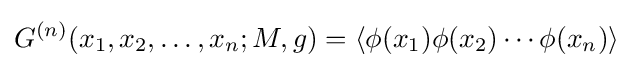
G^{(n)}(x_{1},x_{2},\ldots ,x_{n};M,g)=\langle \phi (x_{1})\phi (x_{2})\cdots \phi (x_{n})\rangle